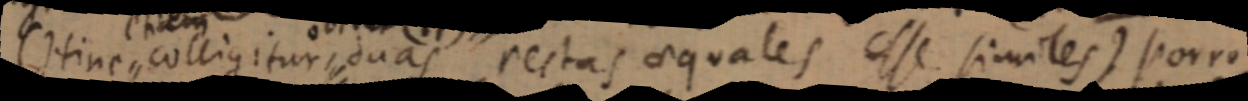
(Hinc colligitur, duas rectas aequales esse similes) Porro